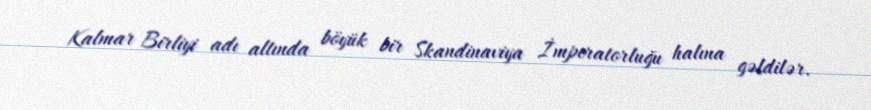
Kalmar Birliyi adı altında böyük bir Skandinaviya İmperatorluğu halına gəldilər.